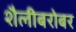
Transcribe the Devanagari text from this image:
शैलीबरोबर